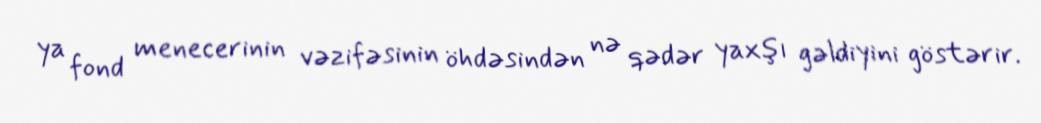
ya fond menecerinin vəzifəsinin öhdəsindən nə qədər yaxşı gəldiyini göstərir.